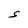
Character: S